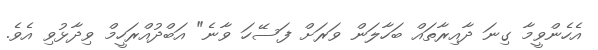
އެހެންވީމާ ގިނަ ދާއިރާތައް ބަހާލަން ވަރަށް ފަސޭހަ ވާނެ" އަބްދުއްރަހީމް ވިދާޅުވި އެވެ.